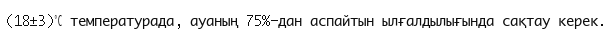
(18±3)℃ температурада, ауаның 75%-дан аспайтын ылғалдылығында сақтау керек.